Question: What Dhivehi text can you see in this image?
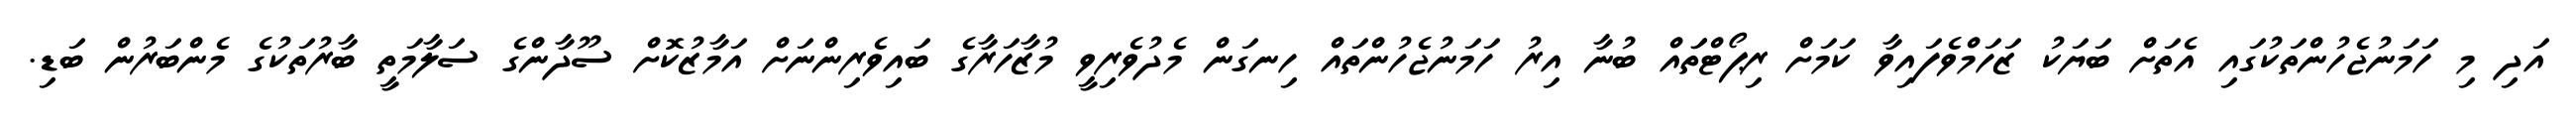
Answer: އަދި މި ހަމަނުޖެހުންތަކުގައި އެތަށް ބަޔަކު ޒަހަމްވެފައިވާ ކަމަށް ރިޕޯޓްތަައް ބުނާ އިރު ހަމަނުޖެހުންތައް ހިނގަން މެދުވެރިވީ މުޒާހަރާގެ ބައިވެރިންނަށް އަމާޒުކޮށް ސޫދާންގެ ސަލާމަތީ ބާރުތަކުގެ މެންބަރުން ބަޑި.